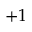
+ 1